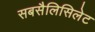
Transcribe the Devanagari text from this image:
सबसैलिसिलेट